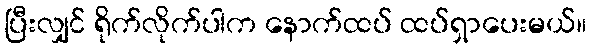
ပြီးလျှင် ရိုက်လိုက်ပါက နောက်ထပ် ထပ်ရှာပေးမယ်။